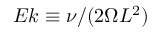
E k \equiv \nu / ( 2 \Omega L ^ { 2 } )